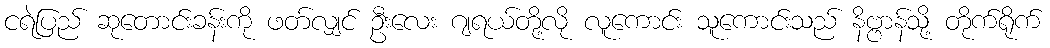
ငရဲပြည် ဆုတောင်းခန်းကို ဖတ်လျှင် ဦးလေး ဂျရယ်တို့လို လူကောင်း သူကောင်းသည် နိဗ္ဗာန်သို့ တိုက်ရိုက်